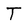
Character: T